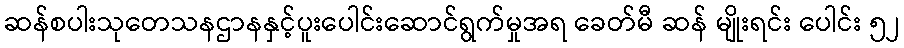
ဆန်စပါးသုတေသနဌာနနှင့်ပူးပေါင်းဆောင်ရွက်မှုအရ ခေတ်မီ ဆန် မျိုးရင်း ပေါင်း ၅၂